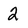
Character: 2